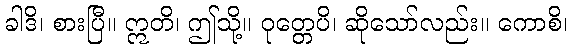
ခါဒိ၊ စားပြီ။ ဣတိ၊ ဤသို့။ ဝုတ္တေပိ၊ ဆိုသော်လည်း။ ကောစိ၊